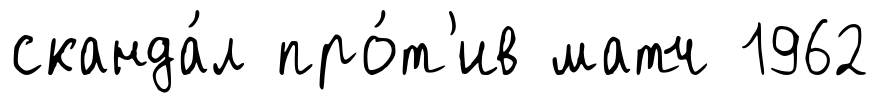
сканда́л про́т'ив матч 1962